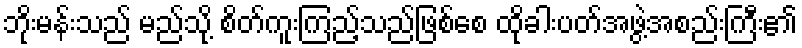
ဘိုးမန်းသည် မည်သို့ စိတ်ကူးကြည့်သည်ဖြစ်စေ ထိုခါးပတ်အဖွဲ့အစည်းကြီး၏